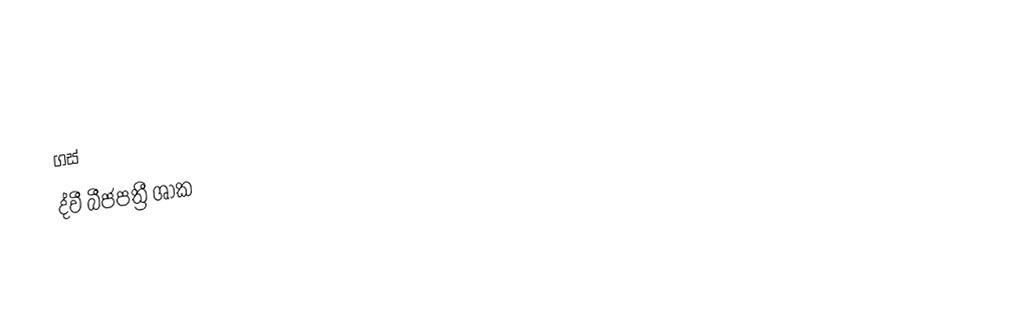
ගස්
ද්වී බීජපත්‍රී ශාක